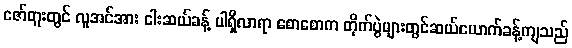
ဇော်တူးတွင် လူအင်အား ငါးဆယ်ခန့် ပါရှိလာရာ စောစောက တိုက်ပွဲများတွင်ဆယ်ယောက်ခန့်ကျသည်